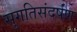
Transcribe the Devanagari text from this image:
सुगतिसंदर्षण